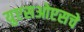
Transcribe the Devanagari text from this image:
युएसओएसचे